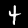
Digit: 4